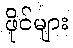
ဖိုင်များ